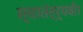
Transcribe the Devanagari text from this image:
स्‍वातंत्र्यवीर